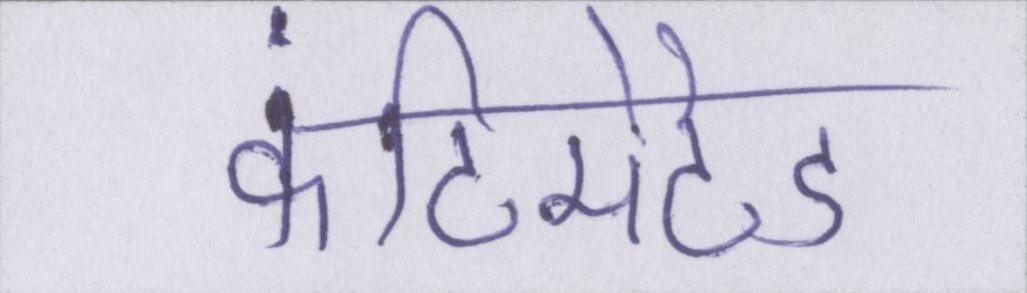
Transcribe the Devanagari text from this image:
कंटिमेटेड